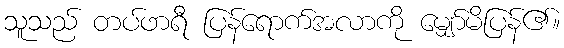
သူသည် တပ်ဖာရီ ပြန်ရောက်အလာကို မျှော်မိပြန်၏။